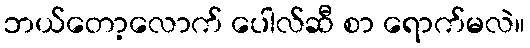
ဘယ်တော့လောက် ပေါလ်ဆီ စာ ရောက်မလဲ။